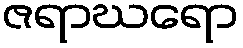
ဇရာဃရော